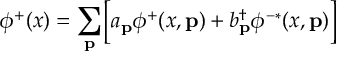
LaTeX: \phi ^ { + } ( x ) = \sum _ { \bf p } \Bigl [ a _ { \bf p } \phi ^ { + } ( x , { \bf p } ) + b _ { \bf p } ^ { \dagger } \phi ^ { - * } ( x , { \bf p } ) \Bigr ]